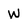
Character: W